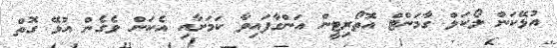
އުޅޭކަން ލޯކަލް ގާމަންޓް އޮތޯރިޓީން އަންގާފައިވާ ކަމަށާއި އެކަން ވެގެން އުޅޭ ގޮތް